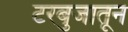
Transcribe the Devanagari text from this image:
टरबुजातून